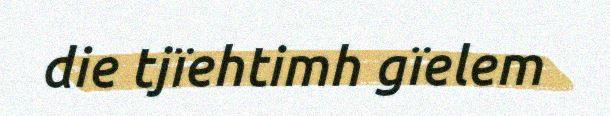
die tjïehtimh gïelem